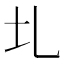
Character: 圠